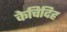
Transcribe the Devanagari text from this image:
केचिदिह